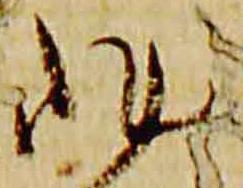
非